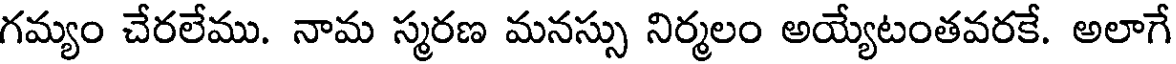
గమ్యం చేరలేము. నామ స్మరణ మనస్సు నిర్మలం అయ్యేటంతవరకే. అలాగే